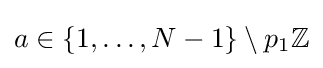
a\in \{1,\ldots ,N-1\}\setminus p_{1}\mathbb {Z}